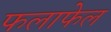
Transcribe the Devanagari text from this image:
फलाफेल